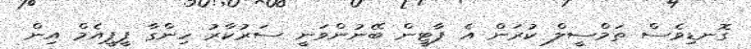
ގޮނޑިވެސް ތަމްސީލް ކުރަން އެ ޕާޓީން ބޭނުންވަނީ ސަރުކާރު ހިންގާ ޕީޕީއެމް އިން